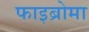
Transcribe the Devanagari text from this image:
फाइब्रोमा